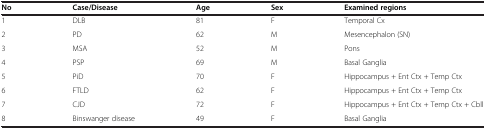
| No | Case/Disease | Age | Sex | Examined regions |
 | --- | --- | --- | --- | --- |
 | 1 | DLB | 81 | F | Temporal Cx |
 | 2 | PD | 62 | M | Mesencephalon (SN) |
 | 3 | MSA | 52 | M | Pons |
 | 4 | PSP | 69 | M | Basal Ganglia |
 | 5 | PiD | 70 | F | Hippocampus + Ent Ctx + Temp Ctx |
 | 6 | FTLD | 62 | F | Hippocampus + Ent Ctx + Temp Ctx |
 | 7 | CJD | 72 | F | Hippocampus + Ent Ctx + Temp Ctx + Cbll |
 | 8 | Binswanger disease | 49 | F | Basal Ganglia |